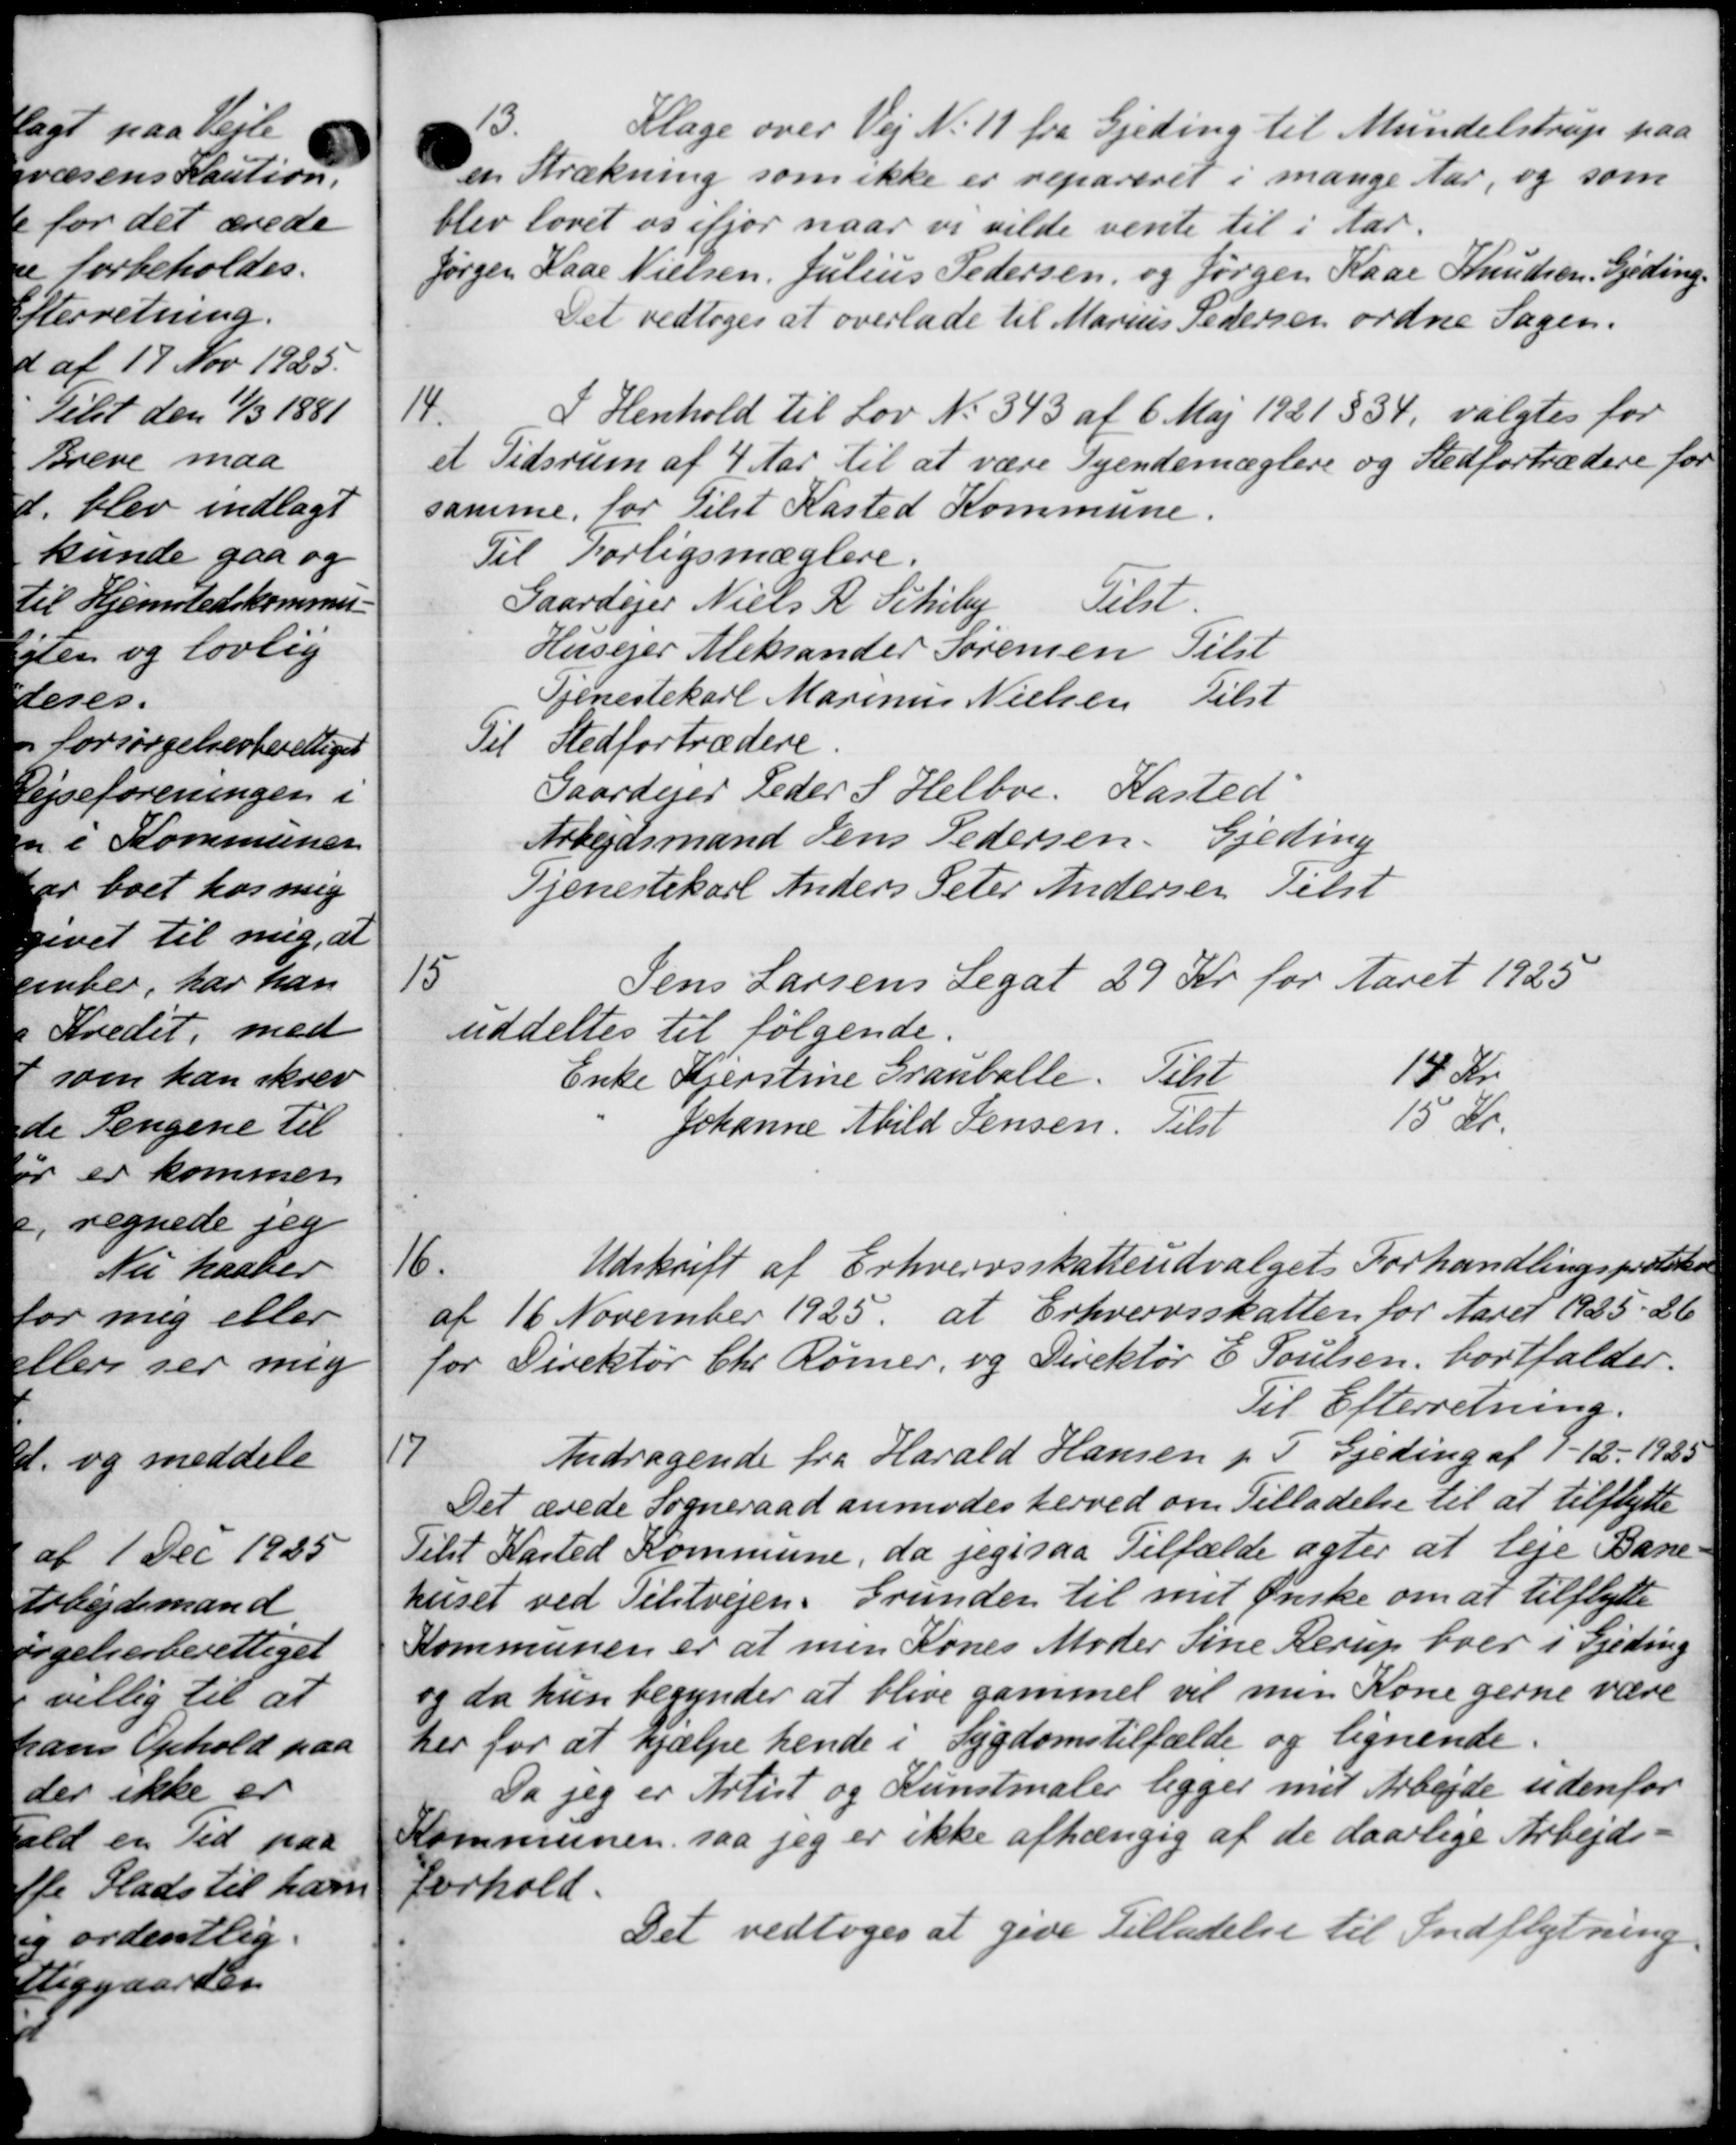
Transskription:
13.
Klage over Vej N. 11 fra Gjeding til Mundelstrup paa
en Strækning som ikke er repareret i mange Aar, og som
blev lovet os ifjor naar vi vilde vente til i Aar.
Jørgen Kaae Nielsen, Julius Pedersen, og Jørgen Kaar Knudsen, Gjeding.
Det vedtoges at overlade til Marius Pedersen ordne Sagen.
14.
I Henhold til Lov No. 343 af 6 Maj 1921 § 34, valgtes for
et Tidsrum af 4 Aar til at være Tyendemæglere og Stedfortrædere for
samme for Tilst Kasted Kommune.
Til Forligsmæglere.
Gaardejer Niels R. Schiby Libl.
Husejer Aleksander Sørensen Tilst
Tjenestekarl Marinus Nielsen Tilst
Til Stedfortrædere.
Gaardejer Peder S. Helboe, Kasted
Arbejdsmand Jens Pedersen, Gjeding
Tjenestekarl Anders Peter Andersen Tilst
15
Jens Larsens Legat 29 Kr for Aaret 1925
uddeltes til følgende.
14 Kr
Enke Kjerstine Grauballe. Tilst
15 Kr.
Johanne Abild Jensen. Tilst
16.
Udskrift af Erhvervsskatteudvalgets Forhandlingsprotokon
af 16 November 1925, at Erhvervsskatten for Aaret 1925-26
for Direktør Chr. Rømer, og Direktør E Poulsen, bortfalder.
Til Efterretning.
7
Andragende fra Harald Hansen p. I Gjeding af 1 - 12 - 1925
Det ærede Sogneraad anmodes herved om Tilladelse til at tilflytte
Tilst Kasted Kommune, da jegesaa Tilfælde agter at leje Bane-
huset ved Tilstvejen. Grunder til met Ønske om at tilflytte
Kommunen er at men Kones Moder Sine Rerup boer i Gjeding
og da hun begynder at blive gammel vil men Kone gerne være
her for at hjælpe hende i Sygdomstilfælde og lignende.
Da jeg er Artist og Kunstmaler ligger mit Arbejde udenfor
Kommunen, saa jeg er ikke afhængig af de daarlige Arbejds-
Forhold.
Det vedtoges at give Tilladelse til Indflytning.